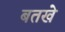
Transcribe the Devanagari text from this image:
बतखे